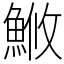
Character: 䱔